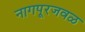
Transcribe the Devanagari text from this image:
नागपूरजवळ